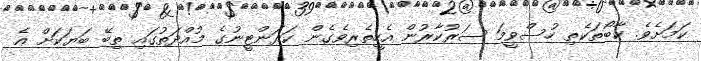
ކަމަށެވެ. ކާބޯތަކެތި ހުސްވީމަ ސަރުކާރުން އެހީތެރިވެގެން ކަރަންޓީނުގެ މުއްދަތުގައި ތިބޭ ބަޔަކަށް އެ